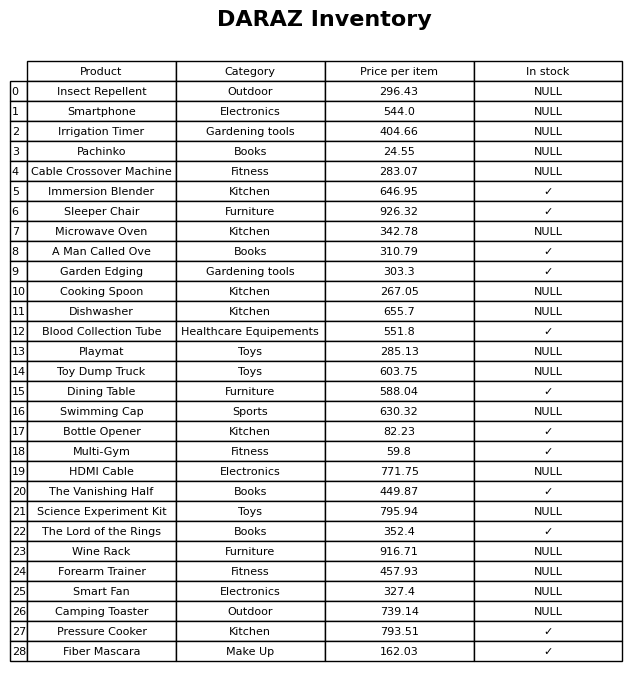
question: What is the price for Swimming Cap?
answer: The price of Swimming Cap is 630.32.